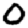
Digit: 0